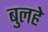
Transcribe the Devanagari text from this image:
बुलहे